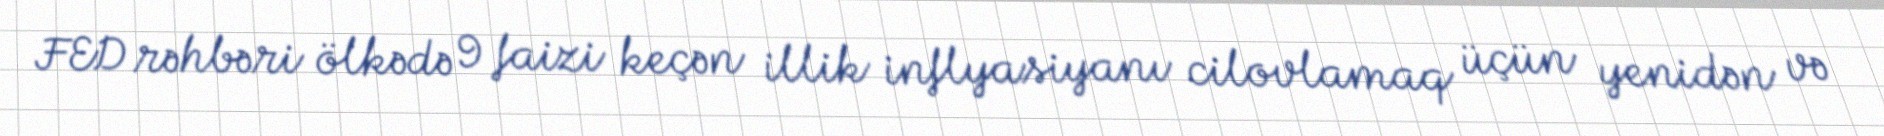
FED rəhbəri ölkədə 9 faizi keçən illik inflyasiyanı cilovlamaq üçün yenidən və